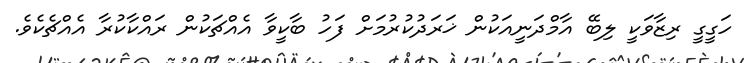
ހަގީގީ ރިޒާވަކީ ލިބޭ އާމްދަނީއަކުން ޚަރަދުކުރުމަށް ފަހު ބާކީވާ އެއްޗަކުން ރައްކާކުރާ އެއްޗެކެވެ.